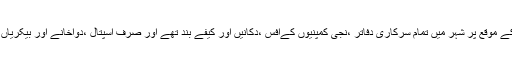
عام ہڑتال کے موقع پر شہر میں تمام سرکاری دفاتر ،نجی کمپنیوں کےآفس ،دکانیں اور کیفے بند تھے اور صرف اسپتال ،دواخانے اور بیکریاں کھلی تھیں۔